Civil Veterinary Department. Madras. Admin. report 1926-33 - 1926-1933
Year: 1926
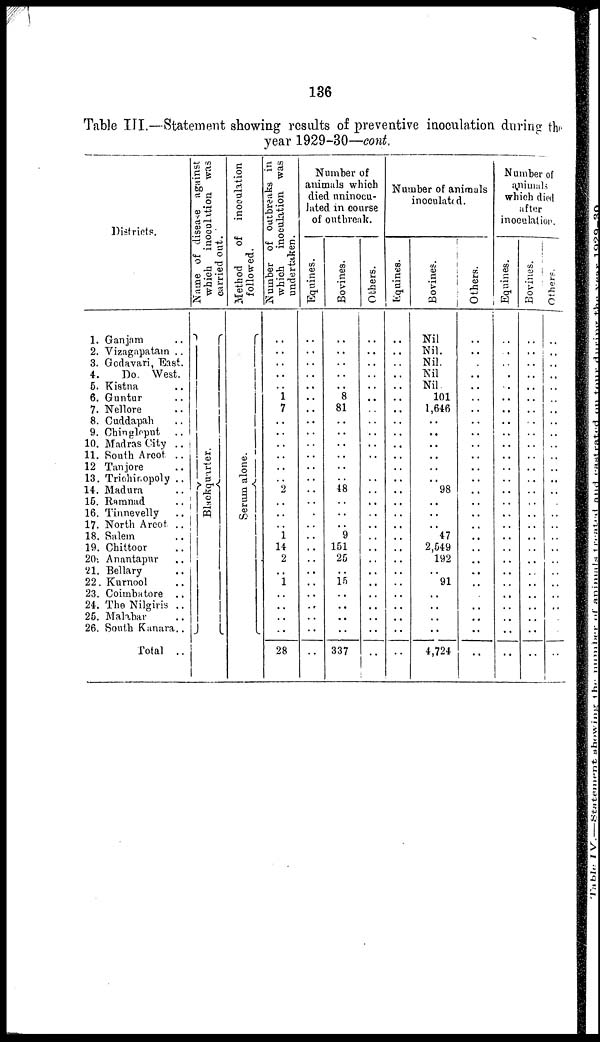
136
Table III.—Statement showing results of preventive inoculation during the
year 1929-30—cont.
Districts.
1. Ganjam ..
2. Vizagapatam ..
3. Godavari, East.
4.
Do West.
5. Kistna ..
6. Guntur ..
7. Nellore ..
8. Cuddapah ..
9. Chingleput
..
10. Madras City ..
11. South Arcot ..
12 Tanjore ..
13. Trichinopoly ..
14. Madura
15. Ramnad
..
16. Tinnevelly
..
17. North Arcot. ..
18. Salem
..
19. Chittoor ..
20. Anantapur ..
21. Bellary ..
22. Kurnool ..
23. Coimbatore ..
24. The Nilgiris ..
25. Malabar
26. South Kanara ..
Total ..
Name of disease against
which inoculation was
carried out.
Bl ackquar t
er .
Method
of inoculation
followed.
Se r
um alone.
Number of outbreaks in
which
inoculation was
undertaken.
..
..
..
..
..
1
7
..
..
..
..
..
..
2
..
..
..
1
14
2
..
1
..
..
..
..
28
Number of
animals which
died uninocu-
lated in course
of outbreak.
Equines.
..
..
..
..
..
..
..
..
..
..
..
..
..
..
..
..
..
..
..
..
..
..
..
..
..
..
..
Bovines.
..
..
..
..
..
8
81
..
..
..
..
..
..
48
..
..
..
9
151
25
..
15
..
..
..
..
337
Others.
..
..
..
..
..
..
..
..
..
..
..
..
..
..
..
..
..
..
..
..
..
..
..
..
..
..
..
Number of animals
inoculated.
Equines.
..
..
..
..
..
..
..
..
..
..
..
..
..
..
..
..
..
..
..
..
..
..
..
..
..
..
..
Bovines.
Nil
Nil.
Nil.
Nil
Nil.
101
1,646
..
..
..
..
..
..
98
..
..
..
47
2,549
192
..
91
..
..
..
..
4,724
Others.
..
..
..
..
..
..
..
..
..
..
..
..
..
..
..
..
..
..
..
..
..
..
..
..
..
..
..
Number of
animals
which died
after
inoculation.
Equines.
..
..
..
..
..
..
..
..
..
..
..
..
..
..
..
..
..
..
..
..
..
..
..
..
..
..
..
Bovines.
..
..
..
..
..
..
..
..
..
..
..
..
..
..
..
..
..
..
..
..
..
..
..
..
..
..
..
Others.
..
..
..
..
..
..
..
..
..
..
..
..
..
..
..
..
..
..
..
..
..
..
..
..
..
..
..